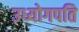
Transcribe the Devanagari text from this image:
उध्योगपति